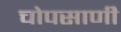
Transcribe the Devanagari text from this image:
चोपसाणी